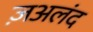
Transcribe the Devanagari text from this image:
ज़अलंद